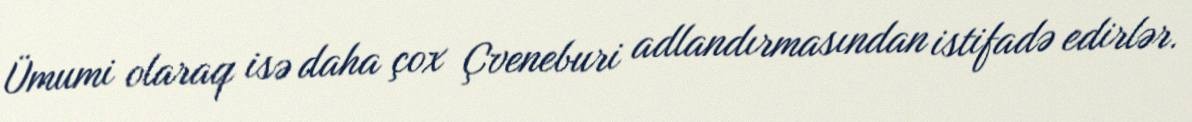
Ümumi olaraq isə daha çox Çveneburi adlandırmasından istifadə edirlər.